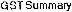
GST SUMMARY